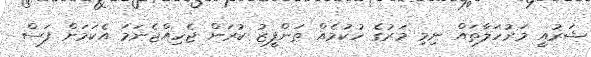
ޝަރުއީ މަރުހަލާތައް ނިމި މަރުގެ ހުކުމެއް ތަންފީޒު ކުރަން ޖެހިއްޖެނަމަ އެކަމަށް ފަސް